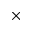
\times